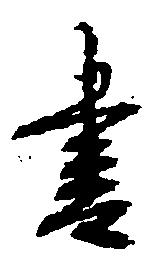
書